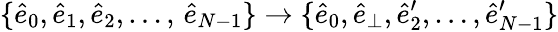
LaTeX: \{ \hat{e}_{0},\hat{e}_{1},\hat{e}_{2},\dots,\, \hat{e}_{N-1}\} \rightarrow\{ \hat{e}_{0},\hat{e}_{\perp},\hat{e}_{2}^{\prime},\dots,\hat{e}_{N-1}^{\prime}\}